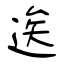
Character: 逘